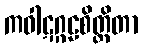
ကဝါဋဂ္ဂဠစိတ္တိတာ